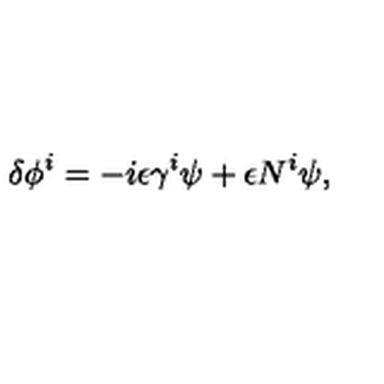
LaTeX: \delta \phi ^ { i } = - i \epsilon \gamma ^ { i } \psi + \epsilon N ^ { i } \psi ,